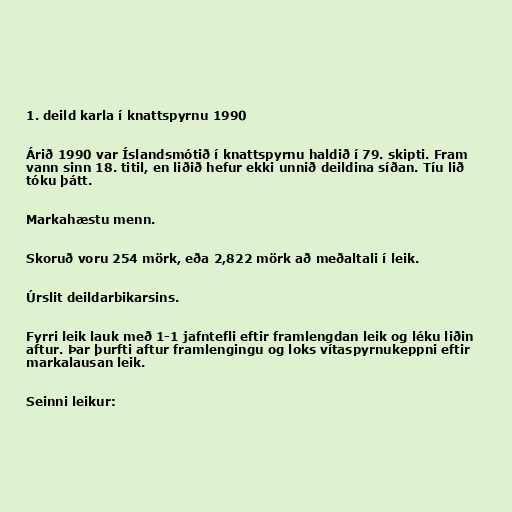
1. deild karla í knattspyrnu 1990

Árið 1990 var Íslandsmótið í knattspyrnu haldið í 79. skipti. Fram
vann sinn 18. titil, en liðið hefur ekki unnið deildina síðan. Tíu lið
tóku þátt.

Markahæstu menn.

Skoruð voru 254 mörk, eða 2,822 mörk að meðaltali í leik.

Úrslit deildarbikarsins.

Fyrri leik lauk með 1-1 jafntefli eftir framlengdan leik og léku liðin
aftur. Þar þurfti aftur framlengingu og loks vítaspyrnukeppni eftir
markalausan leik.

Seinni leikur: